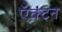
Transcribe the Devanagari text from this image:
ऍक्टन